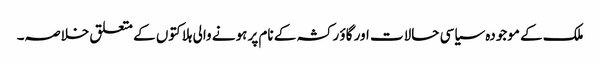
ملک کے موجودہ سیاسی حالات اور گاؤ رکشہ کے نام پر ہونے والی ہلاکتوں کے متعلق خلاصہ۔